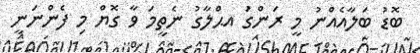
ބޮޑު ބަލާއެއްނު މީ ރަންގަު އޙްލާގު ނެތީމަ ވާ ގޮޔް މި ފެންނަނީ